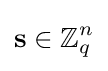
\mathbf {s} \in \mathbb {Z} _{q}^{n}